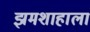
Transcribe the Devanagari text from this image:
झमशाहाला